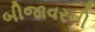
બીજાવરની